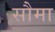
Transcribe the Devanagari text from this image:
सौमा